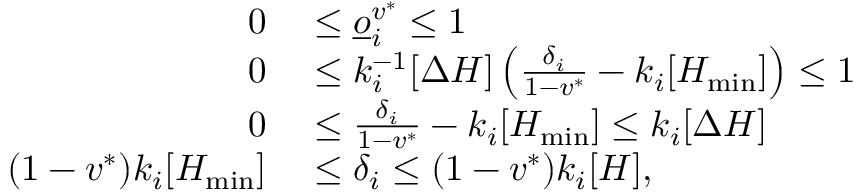
\begin{array} { r l } { 0 } & { { } \leq \underline { o } _ { i } ^ { v ^ { * } } \leq 1 } \\ { 0 } & { { } \leq k _ { i } ^ { - 1 } [ \Delta H ] \left( \frac { \delta _ { i } } { 1 - v ^ { * } } - k _ { i } [ H _ { \operatorname* { m i n } } ] \right) \leq 1 } \\ { 0 } & { { } \leq \frac { \delta _ { i } } { 1 - v ^ { * } } - k _ { i } [ H _ { \operatorname* { m i n } } ] \leq k _ { i } [ \Delta H ] } \\ { ( 1 - v ^ { * } ) k _ { i } [ H _ { \operatorname* { m i n } } ] } & { { } \leq \delta _ { i } \leq ( 1 - v ^ { * } ) k _ { i } [ H ] , } \end{array}